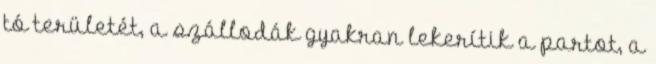
tó területét, a szállodák gyakran lekerítik a partot, a